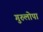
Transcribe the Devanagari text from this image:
गुरुलोपा